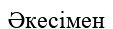
Әкесімен